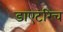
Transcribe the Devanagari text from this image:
डाएटरिच